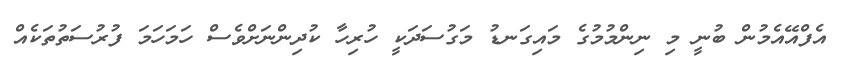
އެފްއޭއެމުން ބުނީ މި ނިންމުމުގެ މައިގަނޑު މަގުސަދަކީ ހުރިހާ ކުދިންނަށްވެސް ހަމަހަމަ ފުރުސަތުތަކެއް